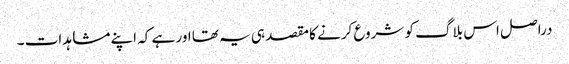
دراصل اس بلاگ کو شروع کرنے کا مقصد ہی یہ تھا اور ہے کہ اپنے مشاہدات ۔